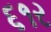
૬૧ર